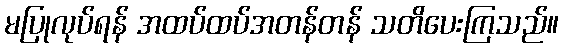
မပြုလုပ်ရန် အထပ်ထပ်အတန်တန် သတိပေးကြသည်။